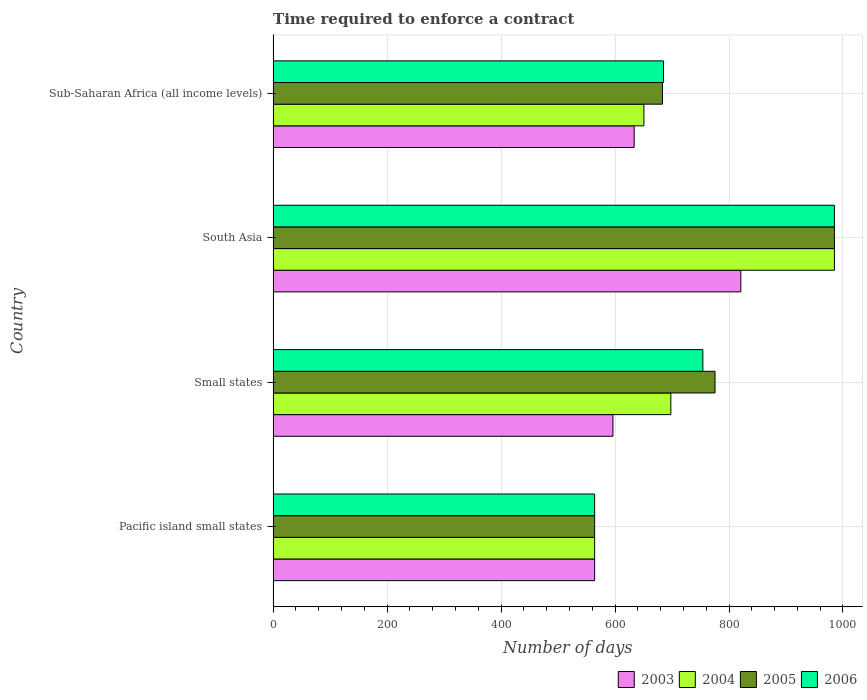
| Country | 2003 | 2004 | 2005 | 2006 |
 | --- | --- | --- | --- | --- |
 | Pacific island small states | 564 | 564 | 564 | 564 |
 | Small states | 596 | 698 | 775 | 754 |
 | South Asia | 821 | 985 | 985 | 985 |
 | Sub-Saharan Africa (all income levels) | 634 | 651 | 683 | 685 |